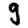
Digit: 9